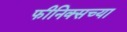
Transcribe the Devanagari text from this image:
फीनिक्सच्या